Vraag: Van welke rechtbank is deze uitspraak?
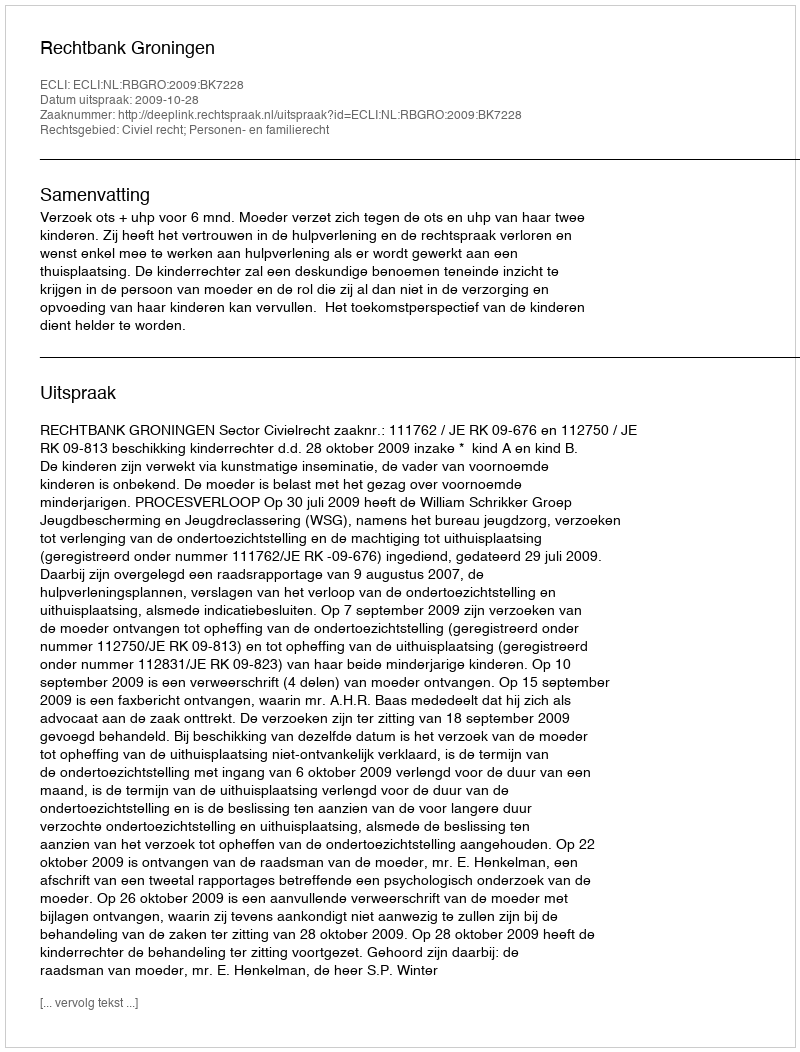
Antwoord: Rechtbank Groningen